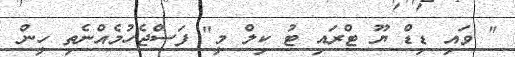
" ވައި ޑިޑް ޔޫ ޓްރައި ޓު ކިލް މީ" ފަސްޖެހުމެއްނެތި ހީން